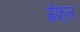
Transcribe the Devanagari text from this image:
ग्रेफ़्ल